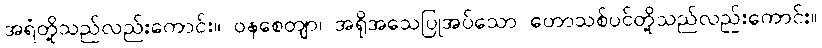
အရံတို့သည်လည်းကောင်း။ ဝနစေတျာ၊ အရိုအသေပြုအပ်သော တောသစ်ပင်တို့သည်လည်းကောင်း။